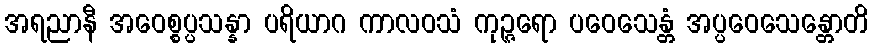
အရညာနီ အဝေစ္စပ္ပသန္နာ ပရိယာဂ ကာလဝသံ ကုဉ္ဇရော ပဝေသေန္တံ အပ္ပဝေသေန္တောတိ